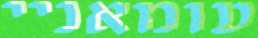
עומאניי